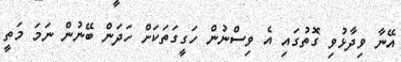
އޭނާ ވިދާޅުވި ގޮތުގައި އެ ވިސްނުން ހަގީގަތަކަށް ހަދަން ބޭނުން ނަމަ މަތީ